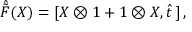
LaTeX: \hat { \tilde { F } } ( X ) = [ X \otimes 1 + 1 \otimes X , \hat { t } \, ] \, ,